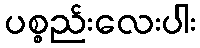
ပစ္စည်းလေးပါး